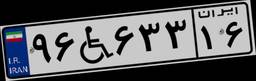
۹۶W۶۳۳۱۶